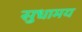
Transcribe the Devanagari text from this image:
सुधामय